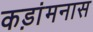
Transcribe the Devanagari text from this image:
कड़ांमनास